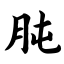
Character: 肫